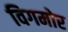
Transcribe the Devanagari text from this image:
विगमोर